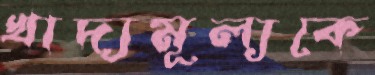
খাদ্যমূল্যকে